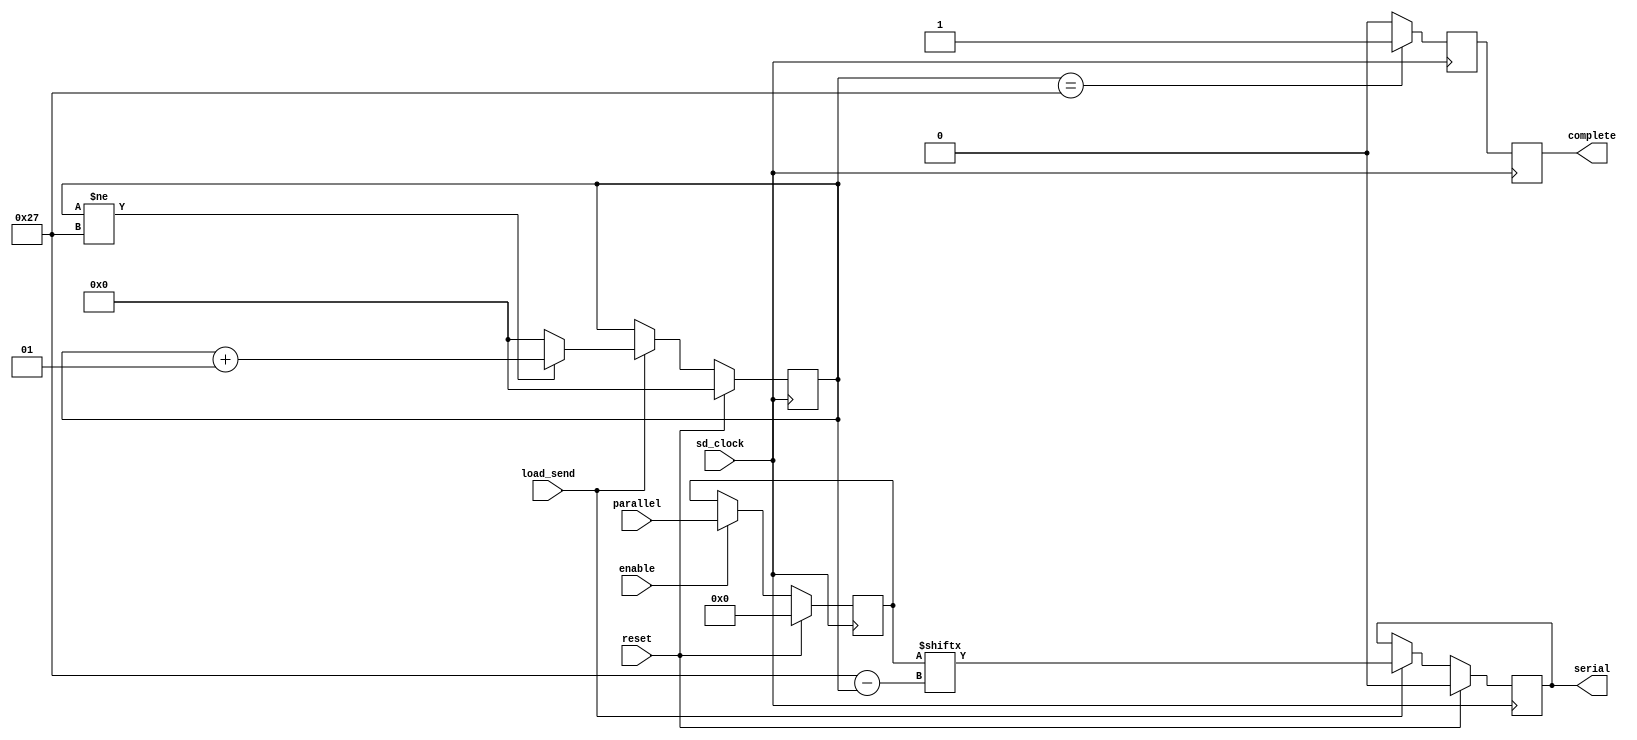
module wrapper_paralelo_serial (enable, parallel, serial, complete, reset, sd_clock, load_send);
	
	
	input           enable;			// Habilitacion de la carga (CCF)
	input           load_send;		// Enviar (1) cargar (0) (CCF)
	input [n-1 : 0] parallel;		// Trama por enviar (CMD)
	input           reset;
	input           sd_clock;

	output serial;				// Salida serializada (PAD)
	output complete;			// Transmision completa (CCF)

	wire           enable;
	wire           load_send;
	wire [n-1 : 0] parallel;
	wire           reset;
	wire           sd_clock;

	reg serial;
	reg complete;
	reg next_complete;

	integer count = 0;		
	parameter n = 40;
	reg [n-1 : 0] parallel_cargado;


	always @ (posedge sd_clock)
		begin
			if (reset) begin
				serial <= 0;
				parallel_cargado <= 0;
			end else begin
				if (enable) begin
					parallel_cargado <= parallel;
				end else begin
					parallel_cargado <= parallel_cargado;
				end
				if (load_send) begin
					serial <= parallel_cargado [n-1-count];
				end else begin
					 serial <= serial;
				end
			end
		end
	
	always @ (posedge sd_clock)
		begin
			if(reset) begin
				count <= 0;
			end else begin
				if(load_send) begin
					if(count != n-1) begin
						count <= (count + 1);
					end else begin
						count <= 0;
					end 
				end	
			end
		end
	//complete signal generation
	always @ (posedge sd_clock)
		begin
			if (count == n-1) begin
				next_complete = 1'b1;
			end else begin
				next_complete = 1'b0;
			end
		end

	always @ (negedge sd_clock) begin
		complete <= next_complete;
	end

endmodule